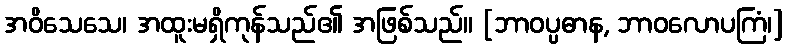
အဝိသေသေ၊ အထူးမရှိကုန်သည်၏ အဖြစ်သည်။ [ဘာဝပ္ပဓာန, ဘာဝလောပကြံ၊]